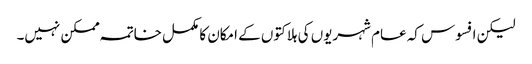
لیکن افسوس کہ عام شہریوں کی ہلاکتوں کے امکان کا مکمل خاتمہ ممکن نہیں۔